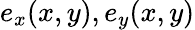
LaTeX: e_{x}(x,y),e_{y}(x,y)